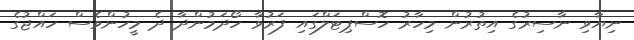
ނިޔާވި ނާސިރުގެ އިތުރުން މިހާރު ހޮސްޕިޓަލްގައި ފަރުވާ ހޯދަމުންދާ ދެ މީހުންވެސް ހައްޖުގެ